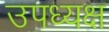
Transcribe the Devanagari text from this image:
उपध्यक्ष